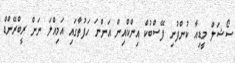
ސޯޝަލް މީޑިއާ ކުންފުނި ފޭސްބުކް އިންކްއިން އަންނަ ހަފުތާގައި އަމިއްލަ ނަން ރީބްރޭންޑް